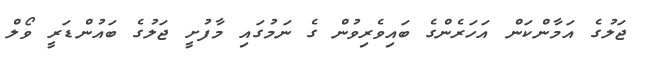
ޖަލުގެ އަމާންކަން އަހަރެންގެ ބައިވެރިވުން ގެ ނަމުގައި މާފުށީ ޖަލުގެ ބައުންޑަރީ ވޯލް